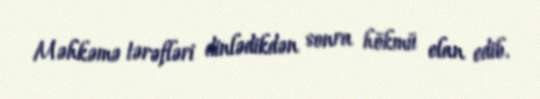
Məhkəmə tərəfləri dinlədikdən sonra hökmü elan edib.